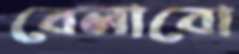
বেলাবো